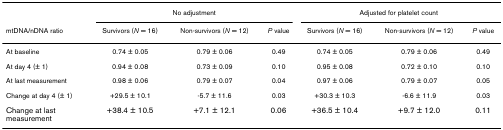
<table><thead><tr><td>[EMPTY_CELL]</td><td colspan="3"><b>No adjustment</b></td><td colspan="3"><b>Adjusted for platelet count</b></td></tr><tr><td><b>mtDNA/nDNA ratio</b></td><td><b>Survivors (<i>N </i>= 16)</b></td><td><b>Non-survivors (<i>N </i>= 12)</b></td><td><b><i>P </i>value</b></td><td><b>Survivors (<i>N </i>= 16)</b></td><td><b>Non-survivors (<i>N </i>= 12)</b></td><td><b><i>P </i>value</b></td></tr></thead><tbody><tr><td>At baseline</td><td>0.74 ± 0.05</td><td>0.79 ± 0.06</td><td>0.49</td><td>0.74 ± 0.05</td><td>0.79 ± 0.06</td><td>0.49</td></tr><tr><td>At day 4 (± 1)</td><td>0.94 ± 0.08</td><td>0.73 ± 0.09</td><td>0.10</td><td>0.95 ± 0.08</td><td>0.72 ± 0.10</td><td>0.10</td></tr><tr><td>At last measurement</td><td>0.98 ± 0.06</td><td>0.79 ± 0.07</td><td>0.04</td><td>0.97 ± 0.06</td><td>0.79 ± 0.07</td><td>0.05</td></tr><tr><td>Change at day 4 (± 1)</td><td>+29.5 ± 10.1</td><td>-5.7 ± 11.6</td><td>0.03</td><td>+30.3 ± 10.3</td><td>-6.6 ± 11.9</td><td>0.03</td></tr><tr><td>Change at last measurement</td><td>+38.4 ± 10.5</td><td>+7.1 ± 12.1</td><td>0.06</td><td>+36.5 ± 10.4</td><td>+9.7 ± 12.0</td><td>0.11</td></tr></tbody></table>